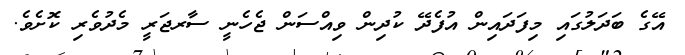
އޭގެ ބަދަލުގައި މިފަދައިން އުފެދޭ ކުދިން ވިއްސަން ޖެހެނީ ސާރޖަރީ މެދުވެރި ކޮށެވެ.